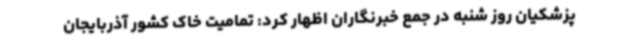
پزشکیان روز شنبه در جمع خبرنگاران اظهار کرد: تمامیت خاک کشور آذربایجان